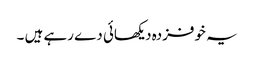
یہ خوفزدہ دیکھائی دے رہے ہیں ۔